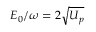
E _ { 0 } / \omega = 2 \sqrt { U _ { p } }